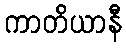
ကာတိယာနီ